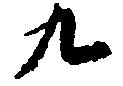
九